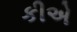
કીએ